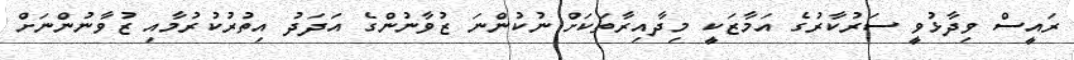
ރައީސް ވިދާޅުވީ ސަރުކާރުގެ އަމާޒަކީ މިދާއިރާތަކަށް ނުކުންނަ ޒުވާނުންގެ އަދަދު އިތުރުކުރުމާއި ޒުވާނުންނަށް